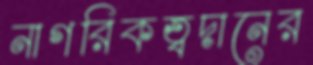
নাগরিকত্বদানের